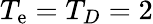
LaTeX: T_{\mathrm{e}}=T_{D}=2